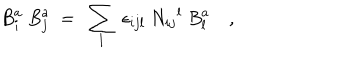
{ B } _ { i } ^ { a } \ { B } _ { j } ^ { a } \ = \ \sum _ { l } \ \epsilon _ { i j l } \ { N _ { i j } } ^ { l } \ { B } _ { l } ^ { a } \quad ,